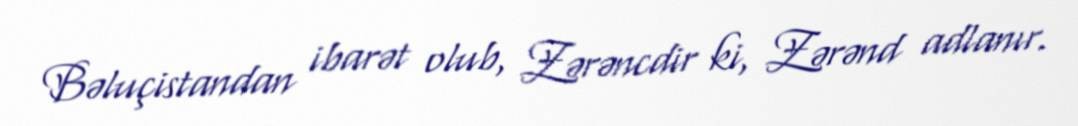
Bəluçistandan ibarət olub, Zərəncdir ki, Zərənd adlanır.